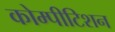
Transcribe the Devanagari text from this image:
कोम्पीटिशन